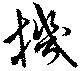
機